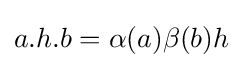
a.h.b=\alpha (a)\beta (b)h